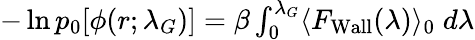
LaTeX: \begin{array}{r}{-\ln p_{0}[\phi(r;\lambda_{G})]=\beta\int_{0}^{\lambda_{G}}\langle F_{\mathrm{{Wall}}}(\lambda)\rangle_{0}\; d\lambda}\end{array}